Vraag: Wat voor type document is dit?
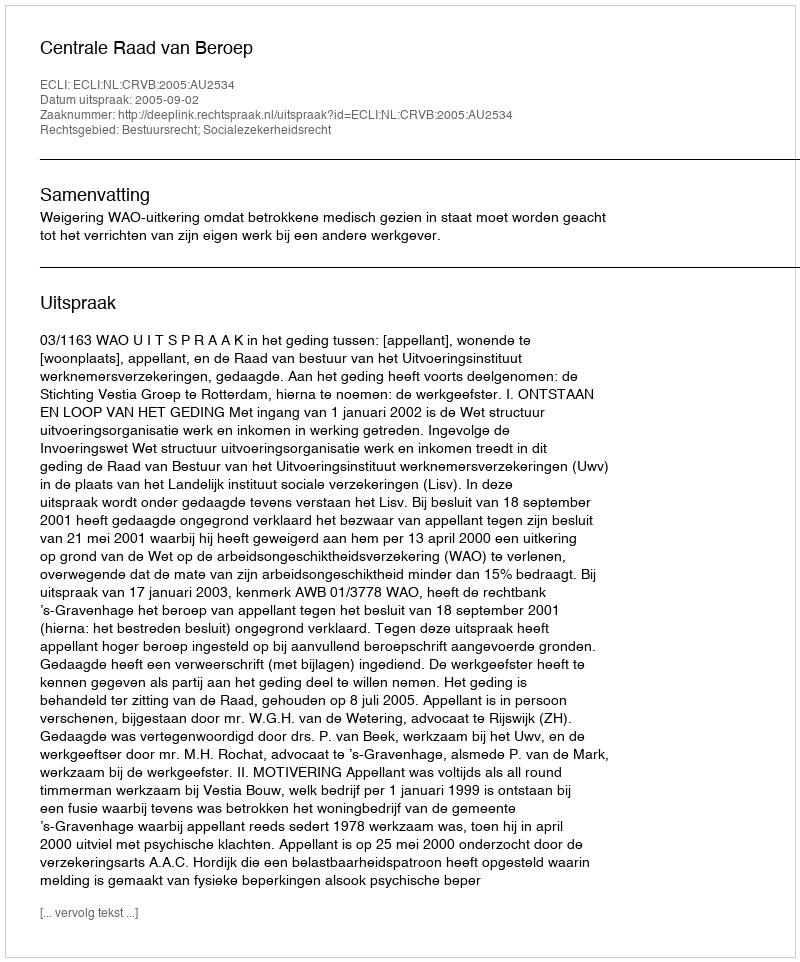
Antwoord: Uitspraak